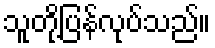
သူတို့ပြန်လုပ်သည်။